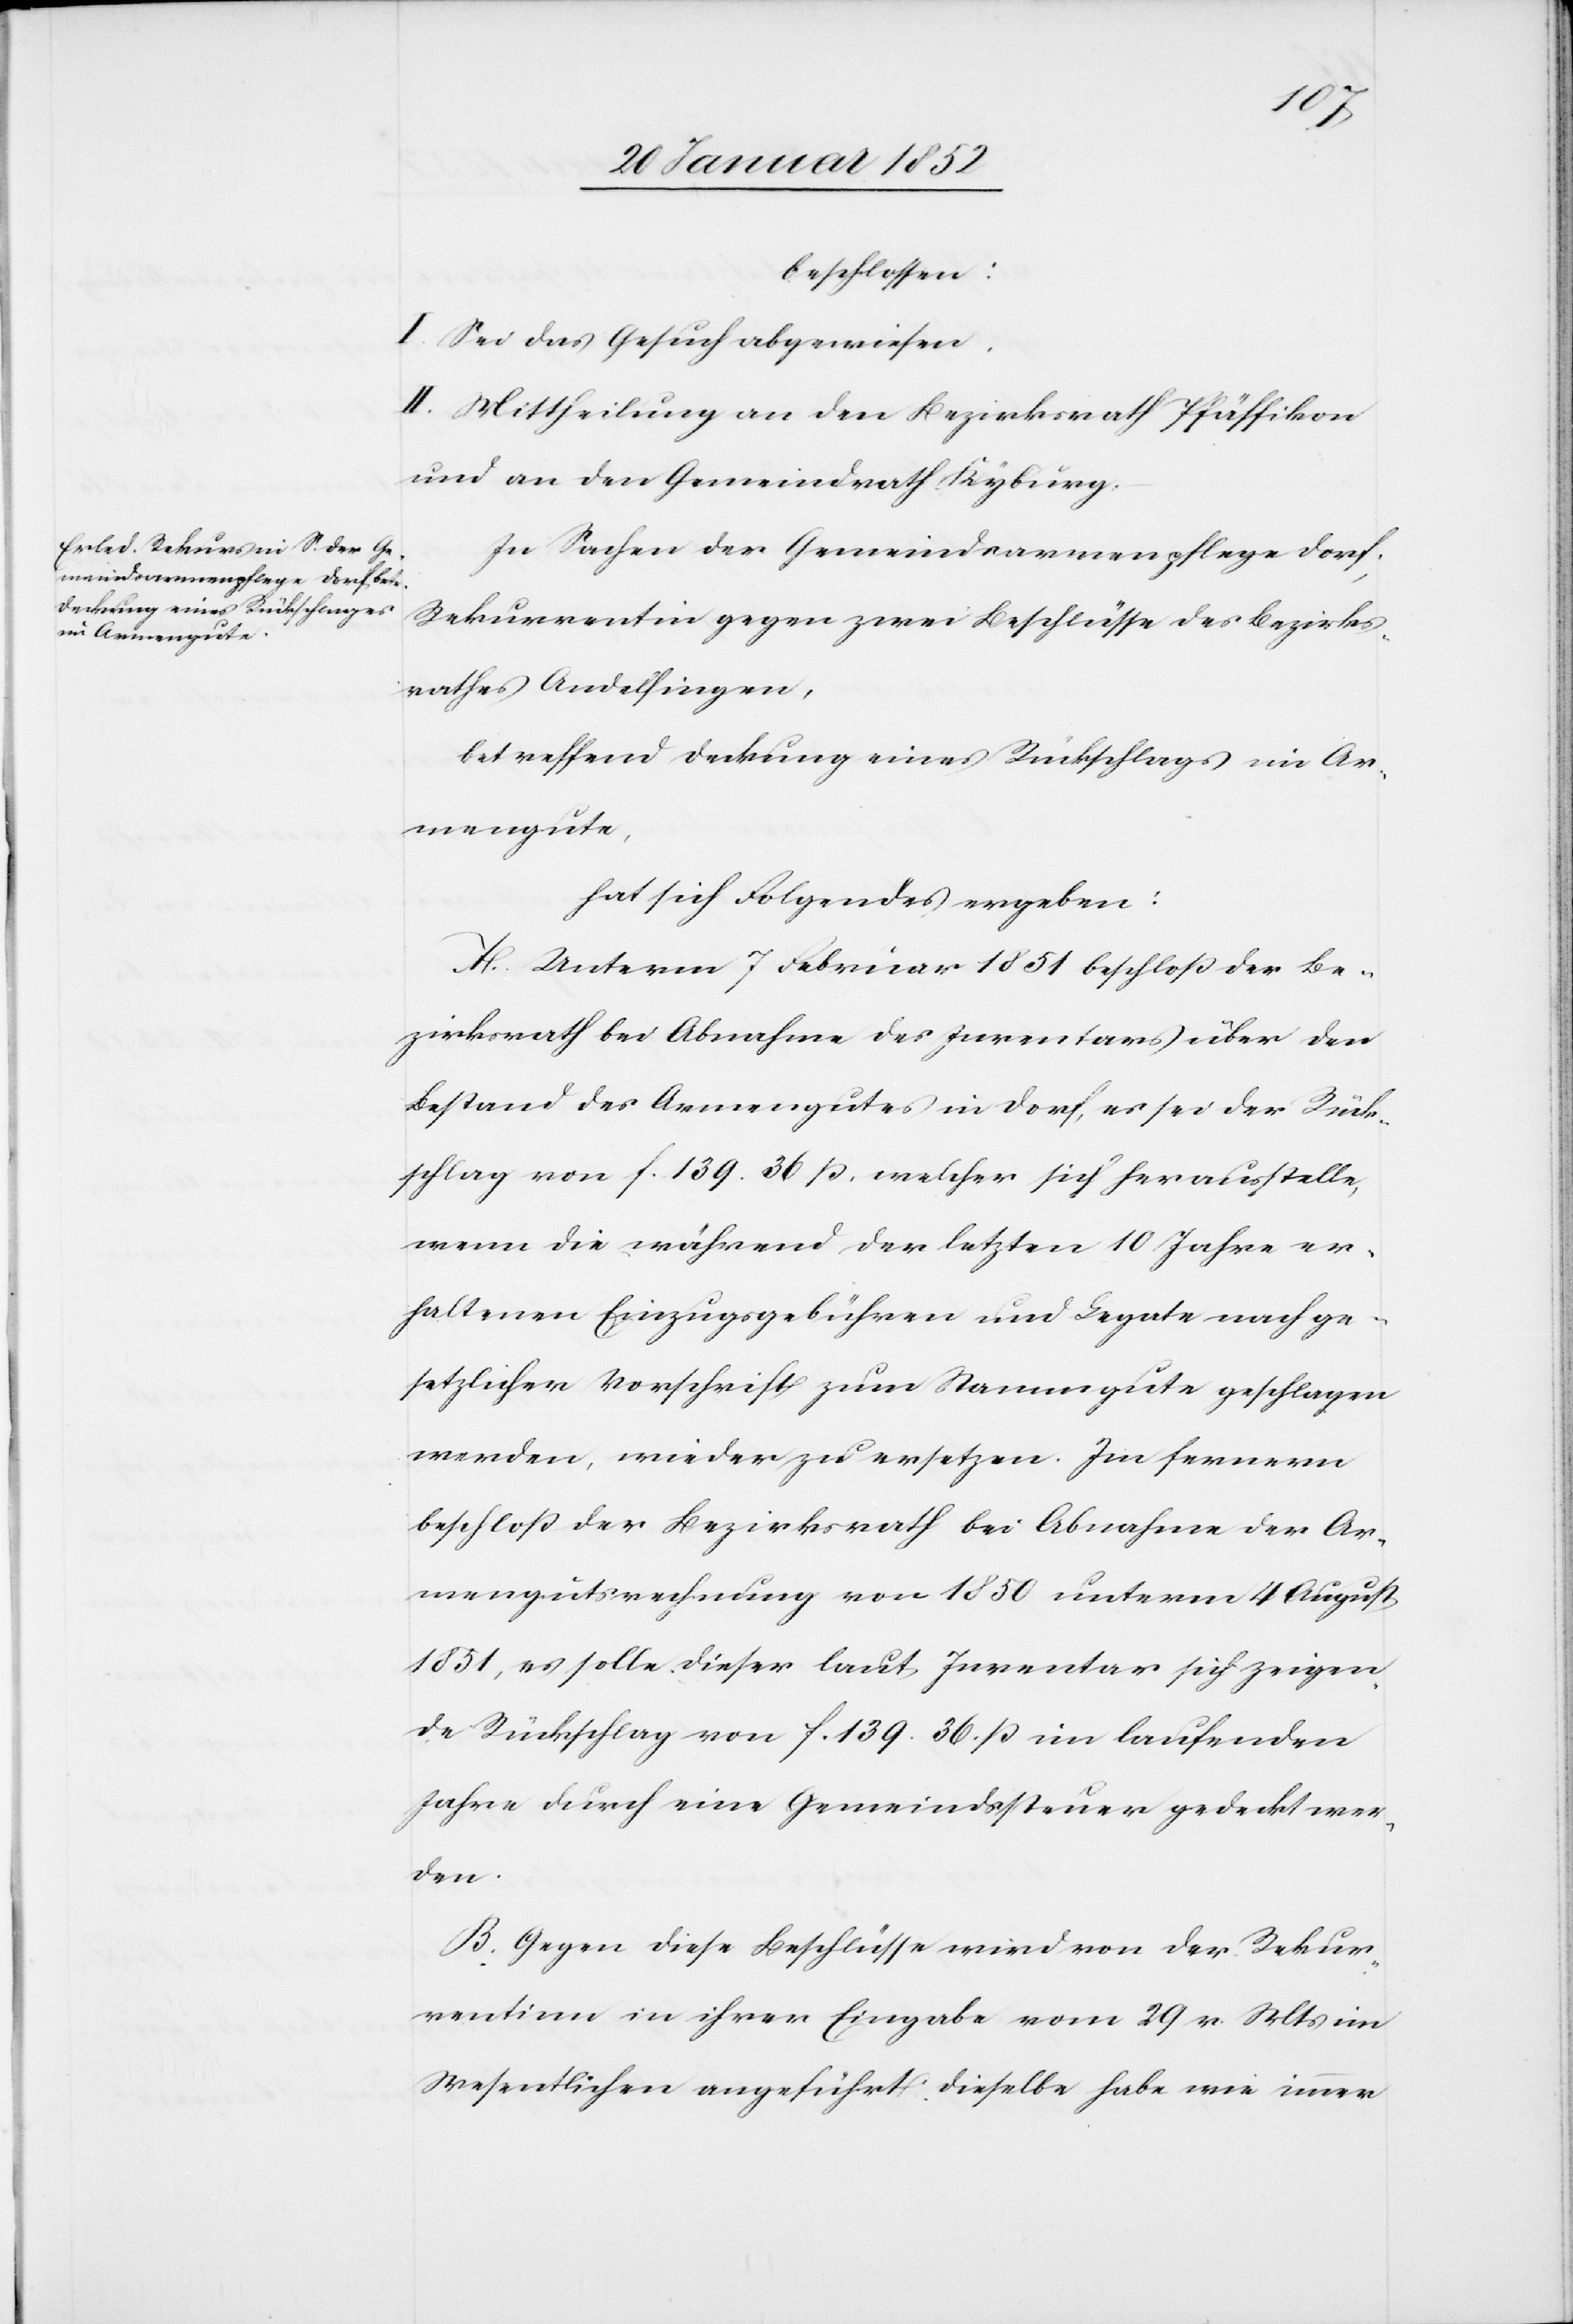
beschlossen:
I. Sei das Gesuch abgewiesen.
II. Mittheilung an den Bezirksrath Pfäffikon
und an den Gemeindrath Kyburg.
In Sachen der Gemeindsarmenpflege Dorf,
Rekurrentin gegen zwei Beschlüsse des Bezirks¬
rathes Andelfingen,
betreffend Deckung eines Rückschlages im Ar¬
mengute,
hat sich folgendes ergeben:
A. Unterm 7 Februar 1851 beschloß der Be¬
zirksrath bei Abnahme des Inventars über den
Bestand des Armengutes in Dorf, es sei der Rück¬
schlag von f. 139. 36 ß, welcher sich herausstelle,
wenn die während der letzten 10 Jahre er¬
haltenen Einzugsgebühren und Legate nach ge¬
setzlicher Vorschrift zum Stammgute geschlagen
werden, wieder zu ersetzen. Im Fernern
beschloß der Bezirksrath bei Abnahme der Ar¬
mengutsrechnung von 1850 unterm 4 August
1851, es solle dieser laut Inventar sich zeigen¬
de Rückschlag von f. 139. 36. ß im laufenden
Jahre durch eine Gemeindssteuer gedeckt wer¬
den.
B. Gegen diese Beschlüsse wird von der Rekur¬
rentinn in ihrer Eingabe vom 29 v. Mts im
Wesentlichen angeführt: dieselbe habe wie immer